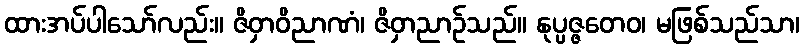
ထားအပ်ပါသော်လည်း။ ဇိဝှာဝိညာဏံ၊ ဇိဝှာညာဉ်သည်။ နုပ္ပဇ္ဇတေဝ၊ မဖြစ်သည်သာ၊